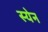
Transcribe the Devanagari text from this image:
स्येन